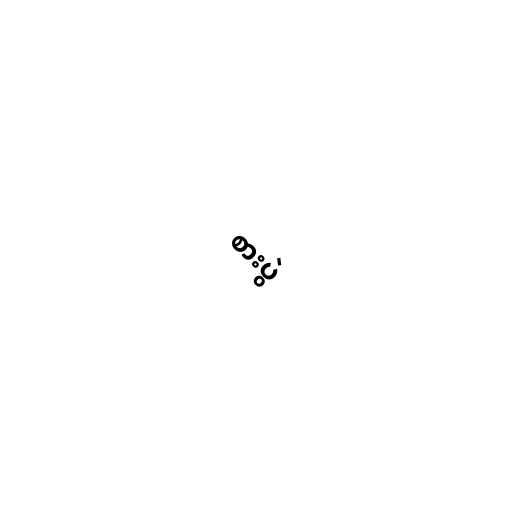
စားပွဲ